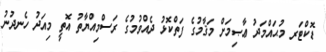
ޑޮކްޓަރ މުޙައްމަދު ޢާޞިމަށް މަޤާމުގެ ފަތްކޮޅު ދެއްވުމުގެ ރަސްމިއްޔާތު އޮތީ މިއަދު ހެނދުނު